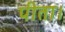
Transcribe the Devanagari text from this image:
पीता।